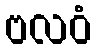
ဗလဝံ